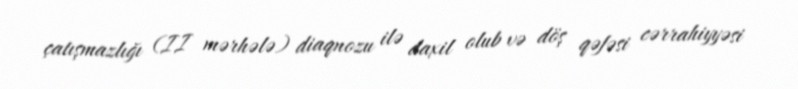
çatışmazlığı (II mərhələ) diaqnozu ilə daxil olub və döş qəfəsi cərrahiyyəsi